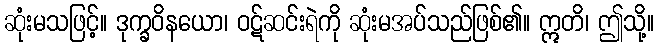
ဆုံးမသဖြင့်။ ဒုက္ခဝိနယော၊ ဝဋ်ဆင်းရဲကို ဆုံးမအပ်သည်ဖြစ်၏။ ဣတိ၊ ဤသို့။